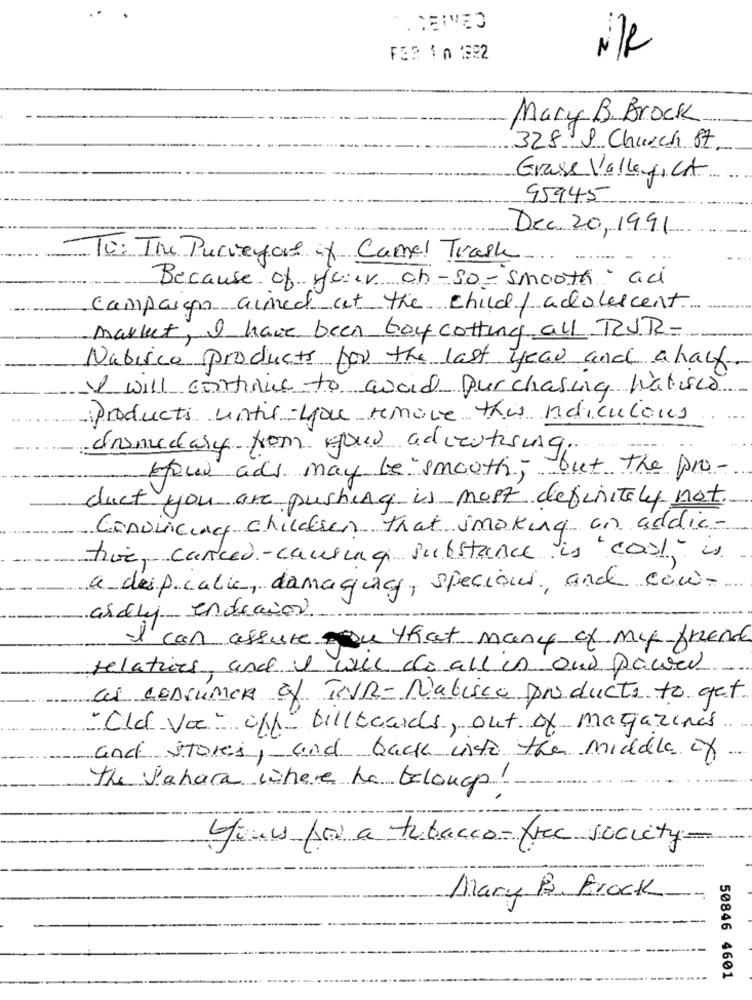
RECEIVED
2
FE3 1 0 1922
Mary B. Brock
328 & Church St
Grass Valley, CA
95945
Dec. 20, 1991
10: The Pucveyors of Camel Trash
Because of your oh-So -smooth - ac
campaign aimed at the child / adolescent
market, I have been boycotting all ROUR-
Nabisco products for the last year and a half
I will continue to avoid purchasing Waliser
Products until you remove this meticulous
dromcclary from your advertising.
Hour adi may be smooth, but the pro-
duct you are pushing is most definitely not
Convincing children that smoking an addic -
true, cancer-causing substance is cool is
a despiratie, damaque, specious, and cow-
....
andly endecion
II can assure you that many of my friend
relations and I will do all in ont power
as conTUMOR of TeVR- Nabisco products to get
"Old Voc- off" billboards, out of magazines
and stores, and back into the middle of
The Sahara where he telouop!
jours for a tabacco-free society-
Mary B. Brock
50846 4601